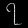
Digit: ၇